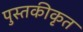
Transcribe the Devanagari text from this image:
पुस्तकीकृत